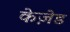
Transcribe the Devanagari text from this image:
केज़ेड